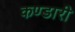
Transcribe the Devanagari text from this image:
कण्डारी